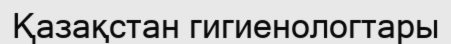
Қазақстан гигиенологтары